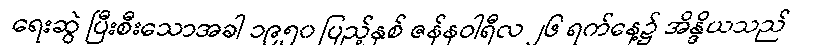
ရေးဆွဲ ပြီးစီးသောအခါ ၁၉၅၀ ပြည့်နှစ် ဇန်နဝါရီလ ၂၆ ရက်နေ့၌ အိန္ဒိယသည်